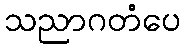
သညာဂတံပေ